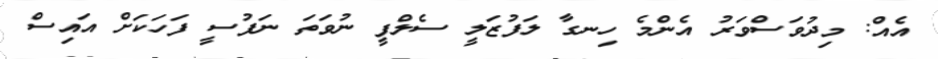
އެއް: މިދުވަސްވަރު އެންމެ ހިނގާ ލަފުޒަލީ ސެލްފީ ނުވަތަ ނަފުސީ ފަހަކަށް އައިސް